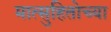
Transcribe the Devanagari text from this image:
मात्सुहितोच्या